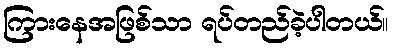
ကြားနေအဖြစ်သာ ရပ်တည်ခဲ့ပါတယ်။